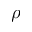
\rho